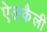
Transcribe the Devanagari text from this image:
ऐलकैली